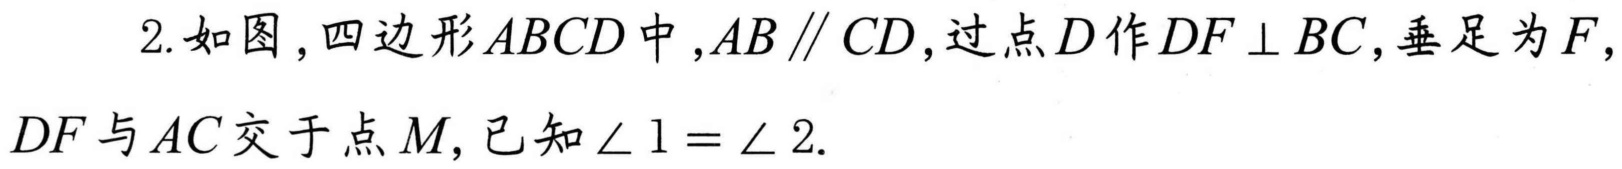
2. 如图，四边形\(ABCD\)中，\(AB\parallel CD\)，过点\(D\)作\(DF\perp BC\)，垂足为\(F\)，\(DF\)与\(AC\)交于点\(M\)，已知\(\angle 1 = \angle 2\).